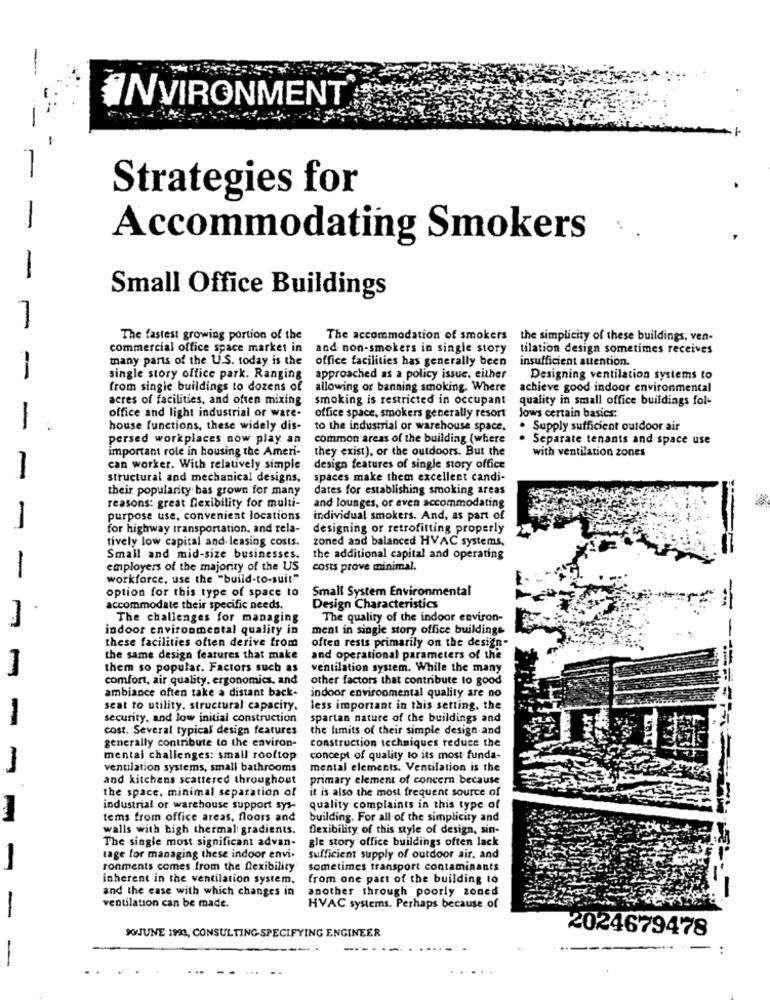
INVIRONMENT
Strategies for
-
Accommodating Smokers
-
Small Office Buildings
-
The fastest growing portion of the
The accommodation of smokers the simplicity of these buildings, ven-
commercial office space market in
and non-smokers in single story tilation design sometimes receives
many parts of the U.S. today is the
office facilities has generally been
insufficient attention.
single story office park. Ranging
approached as a policy issue. either
Designing ventilation systems to
from single buildings to dozens of
allowing or banning smoking. Where
achieve good indoor environmental
acres of facilities, and often mixing
smoking is restricted in occupant
quality in small office buildings fol-
1
office and light industrial or ware-
office space, smokers generally resort
Jows certain basics:
house functions, these widely dis-
to the industrial or warehouse space.
. Supply sufficient outdoor air
persed workplaces now play an
common areas of the building (where
Separate tenants and space use
important role in housing the Ameri-
they exist), or the outdoors. But the
with ventilation zones
can worker. With relatively simple
design features of single story office
-
structural and mechanical designs,
spaces make them excellent candi-
their popularity has grown for many
dates for establishing smoking areas
reasons: great flexibility for multi-
and lounges, or even accommodating
purpose use, convenient locations
individual smokers. And, as part of
-
for highway transportation. and rela-
designing or retrofitting properly
tively low capital and leasing costs.
zoned and balanced HVAC systems,
Small and mid-size businesses.
the additional capital and operating
employers of the majority of the US
costs prove minimal.
-
workforce, use the "build-to-suit"
option for this type of space to
Small System Environmental
accommodate their specific needs.
Design Characteristics
The challenges for managing
The quality of the indoor environ-
indoor environmental quality in
ment in single story office buildings
these facilities often derive from
often rests primarily on the design-
the same design features that make
and operational parameters of the
them so popular. Factors such as
ventilation system. While the many
comfort, air quality. ergonomics, and
other factors that contribute to good
ambiance often take a distant back-
indoor environmental quality are no
seat to utility. structural capacity.
less important in this setting. the
-
security, and low initial construction
spartan nature of the buildings and
cost. Several typical design features
the limits of their simple design and
generally contribute to the environ-
construction techniques reduce the
mental challenges: small rooftop
concept of quality to its most funda-
ventilation systems, small bathrooms
mental elements. Ventilation is the
and kitchens scattered throughout
primary element of concern because
the space. minimal separation of
it is also the most frequent source of
industrial or warehouse support sys-
quality complaints in this type of
tems from office areas, floors and
building. For all of the simplicity and
walls with high thermal gradients.
flexibility of this style of design, sin-
The single most significant advan-
gle story office buildings often lack
tage for managing these indoor envi.
sufficient supply of outdoor air, and
-
ronments comes from the flexibility
sometimes transport contaminants
inherent in the ventilation system.
from one part of the building to
and the case with which changes in
another through poorly zoned
ventilation can be made.
HVAC systems. Perhaps because of
-
2024679478
XVJUNE 1993, CONSULTING-SPECIFYING ENGINEER
-
.- --